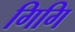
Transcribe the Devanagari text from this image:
गिगि